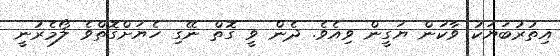
އިތުރުބަޔަކު ވާކަން ޔަގީން ވިއެވެ. ދެން ވީ ގޮތް ނޭގި ހެޔަށްގޮތްވެ ލޯމެރުނީ